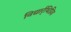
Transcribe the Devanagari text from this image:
विद्यार्र्थिप्रिय